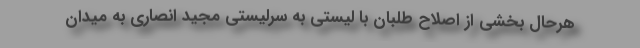
هرحال بخشی از اصلاح طلبان با لیستی به سرلیستی مجید انصاری به میدان